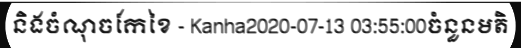
និងចំណុចកែខៃ - Kanha2020-07-13 03:55:00ចំនួនមតិ